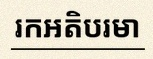
រកអតិបរមា